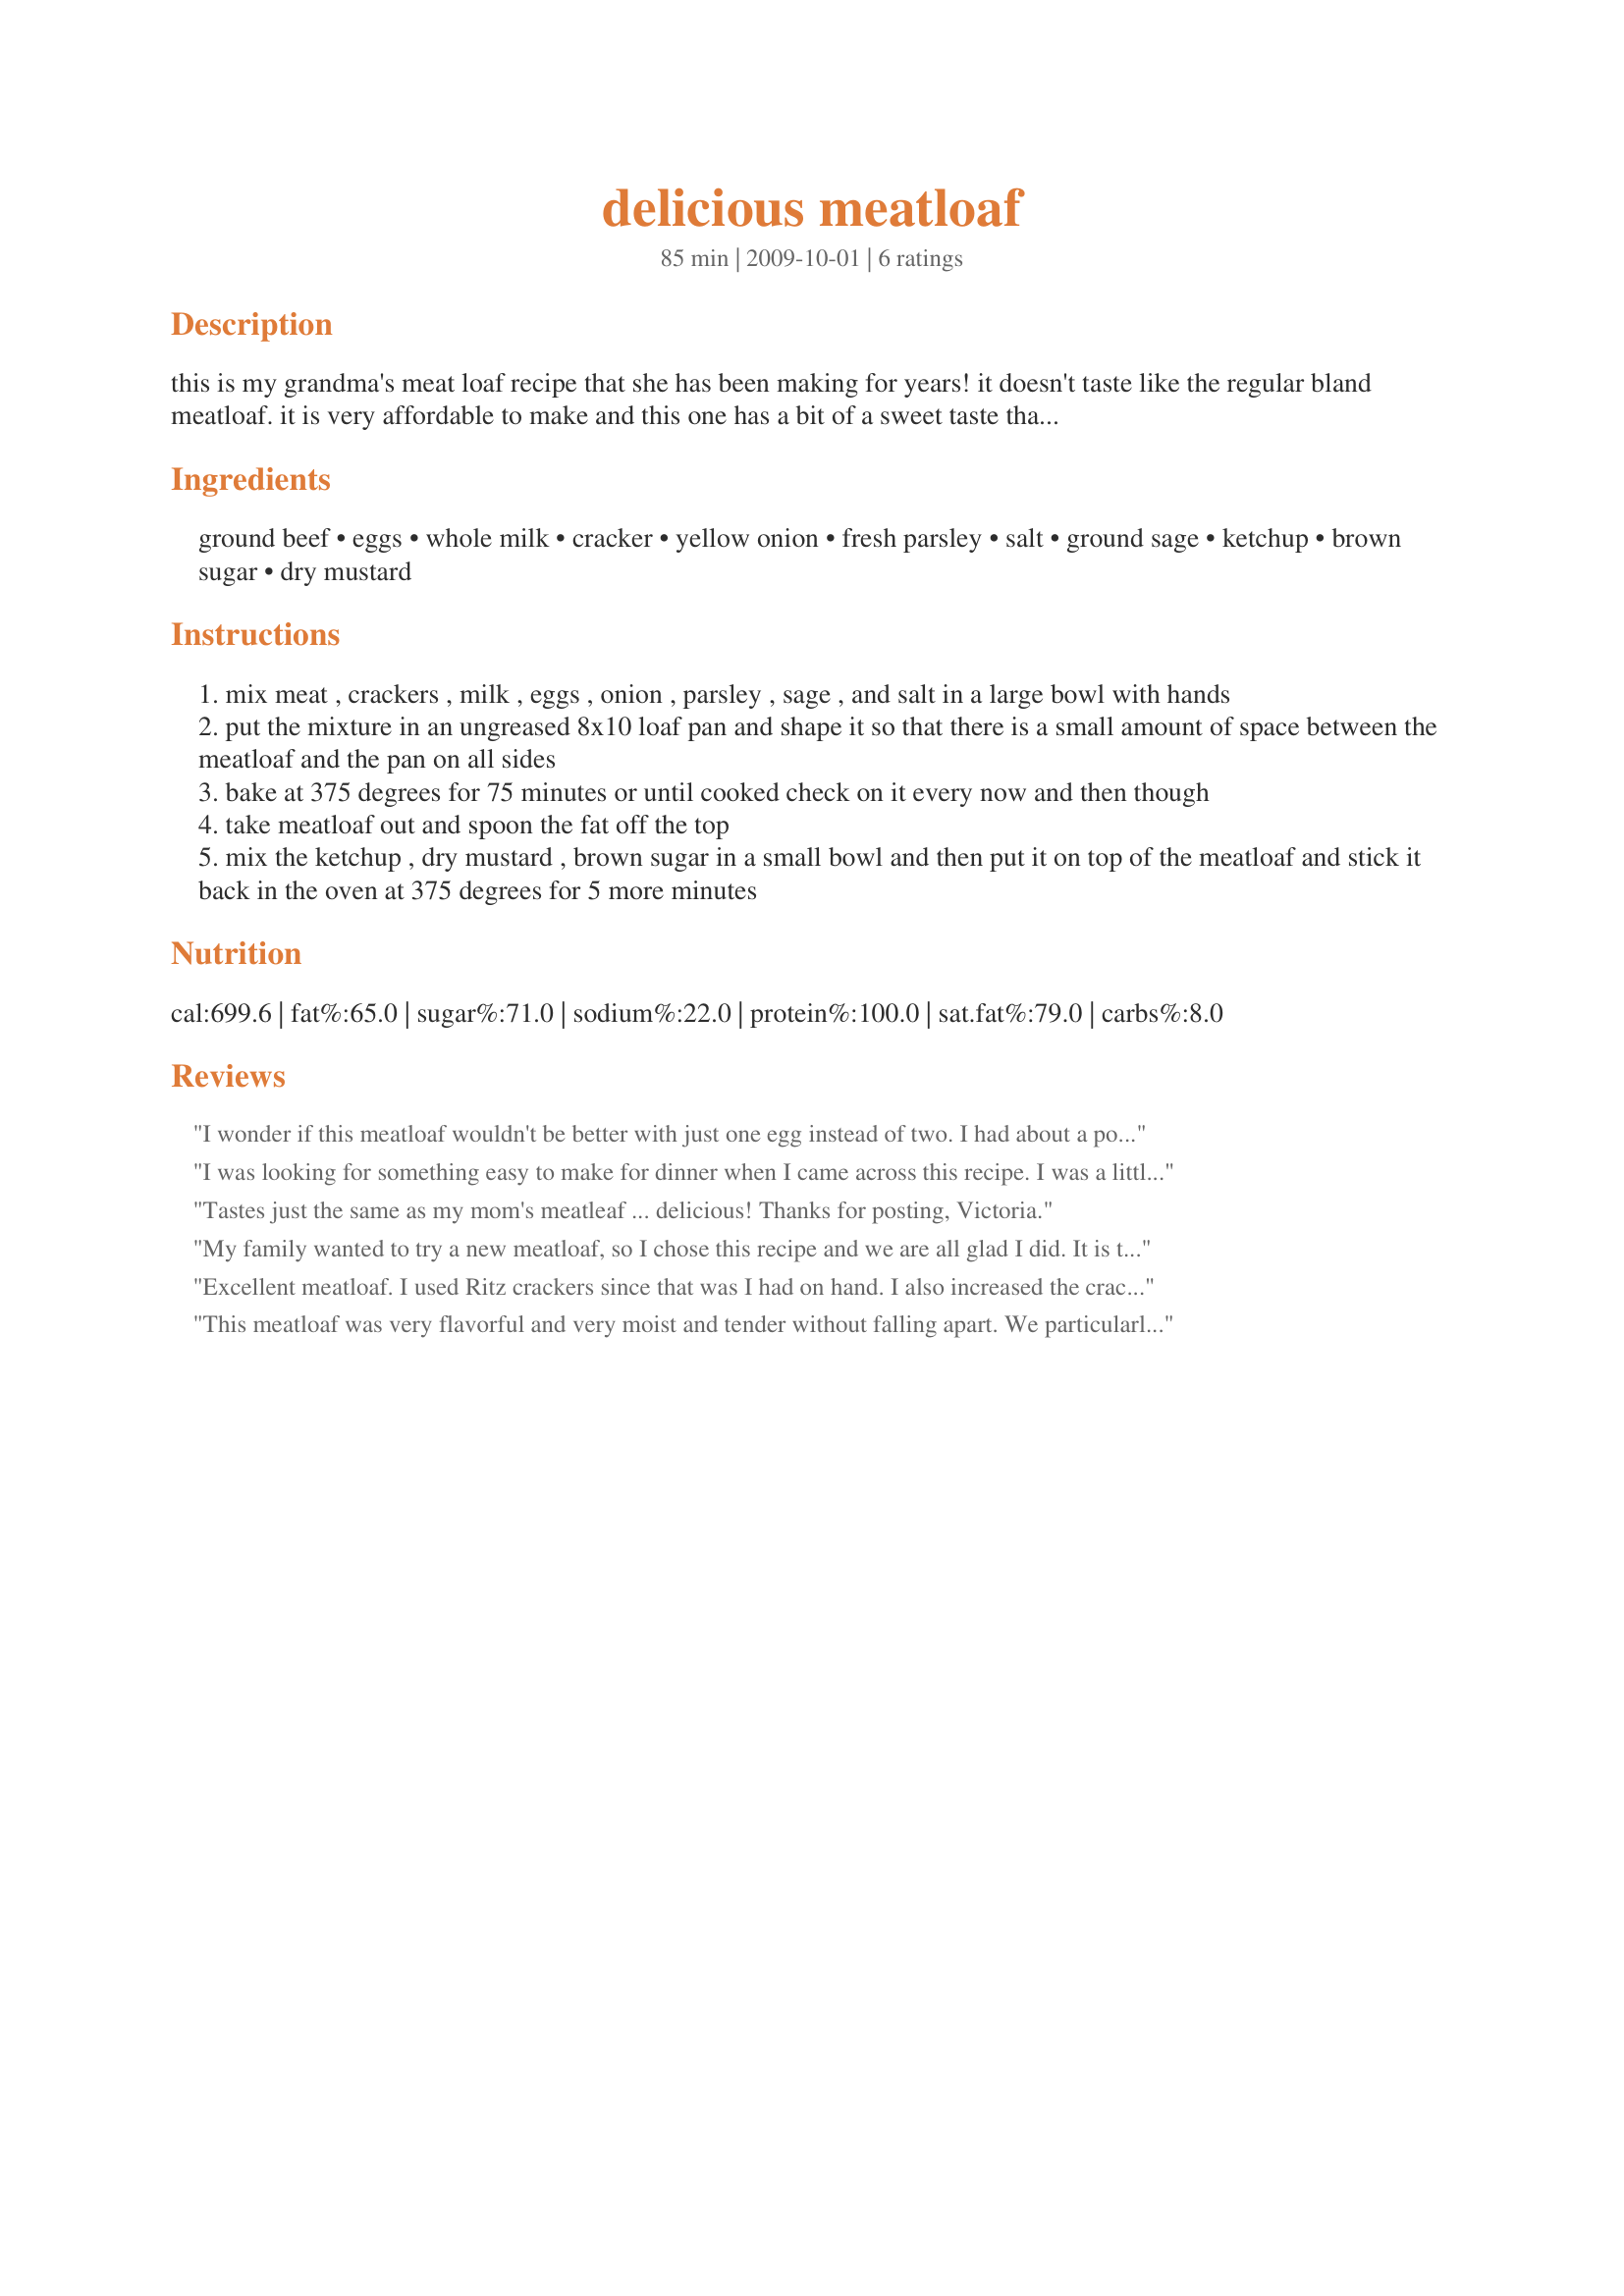
delicious meatloaf
Preparation time: 85 minutes

this is my grandma's meat loaf recipe that she has been making for years! it doesn't taste like the regular bland meatloaf. it is very affordable to make and this one has a bit of a sweet taste thanks to the sauce you put on top! it is very simple and it is made with things that people typically always have in their pantry/ fridge. i hope you all enjoy it as much as i do, leave feedback and let me know!

tip: i always make more of the sauce because its so yummy!

serve with: mashed potatoes, green beans, and a pie.

Ingredients:
ground beef, eggs, whole milk, cracker, yellow onion, fresh parsley, salt, ground sage, ketchup, brown sugar, dry mustard

Steps:
mix meat , crackers , milk , eggs , onion , parsley , sage , and salt in a large bowl with hands
put the mixture in an ungreased 8x10 loaf pan and shape it so that there is a small amount of space between the meatloaf and the pan on all sides
bake at 375 degrees for 75 minutes or until cooked check on it every now and then though
take meatloaf out and spoon the fat off the top
mix the ketchup , dry mustard , brown sugar in a small bowl and then put it on top of the meatloaf and stick it back in the oven at 375 degrees for 5 more minutes

Reviews:
I wonder if this meatloaf wouldn't be better with just one egg instead of two. I had about a pound and a quarter of ground beef so I added some additional cracker crumbs (Ritz). I didn't bake it in a loaf pan, I molded it and baked it in a 10x3 dish as I usually do but the meatloaf wouldn't stay molded up, it spread out fairly flat. Maybe this wouldn't have been a problem in the loaf pan but I've never had this problem before with meatloaf. Some of the edges were burnt but the inside had a nice taste and the topping was good. Made for Cookbook Zaar cooking tag game.
I was looking for something easy to make for dinner when I came across this recipe. I was a little concerned making it due to my roommate who despises meatloaf. But I took a chance and as it was cooking the smell sparked her interest and when dinner was served she tried it. And before you know it she was asking for seconds! This is a winner!
Tastes just the same as my mom's meatleaf ... delicious! Thanks for posting, Victoria.
My family wanted to try a new meatloaf, so I chose this recipe and we are all glad I did. It is tasty and has a good texture. The topping truly makes it great. I think it will make good sandwiches tomorrow. Thanks so much for sharing your family recipe.
Excellent meatloaf. I used Ritz crackers since that was I had on hand. I also increased the crackers and decreased the milk somewhat because the mix looked too thin to me ( since the other reviewers didn't have a problem with the proportions I am going to try, the way its written, next time). My loaf was done in about 55 minutes. I served thiw with fresh corn on the cob and crusty bread. Thanks Victoria A for this great recipe!
This meatloaf was very flavorful and very moist and tender without falling apart. We particularly loved the topping. It added a nice sweetness to the meatloaf. Great combination of flavors. Thanks for sharing this winner,Victoria A. Can't wait to make it again.
